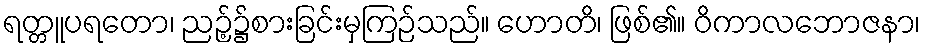
ရတ္တူပရတော၊ ညဉ့်၌စားခြင်းမှကြဉ်သည်။ ဟောတိ၊ ဖြစ်၏။ ဝိကာလဘောဇနာ၊